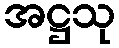
အဋ္ဌသု